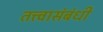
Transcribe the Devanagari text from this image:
तत्त्वासंबंधी